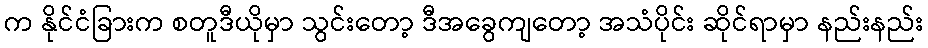
က နိုင်ငံခြားက စတူဒီယိုမှာ သွင်းတော့ ဒီအခွေကျတော့ အသံပိုင်း ဆိုင်ရာမှာ နည်းနည်း